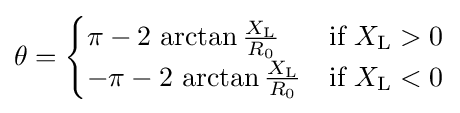
\theta ={\begin{cases}\pi -2\,\arctan {\frac {X_{\mathrm {L} }}{R_{\mathrm {0} }}}&{\mbox{if }}{X_{\mathrm {L} }}>0\\-\pi -2\,\arctan {\frac {X_{\mathrm {L} }}{R_{\mathrm {0} }}}&{\mbox{if }}{X_{\mathrm {L} }}<0\\\end{cases}}